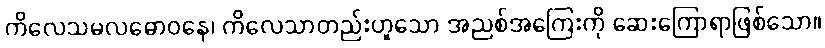
ကိလေသမလဓောဝနေ၊ ကိလေသာတည်းဟူသော အညစ်အကြေးကို ဆေးကြောရာဖြစ်သော။